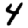
Digit: 4